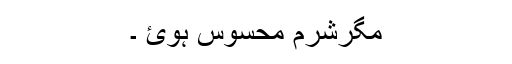
مگرشرم محسوس ہوئ ۔